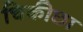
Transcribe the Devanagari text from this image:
चिकीछा